Vaccination North-Western Provinces 1866-1877 - 1866-1877
Year: 1866
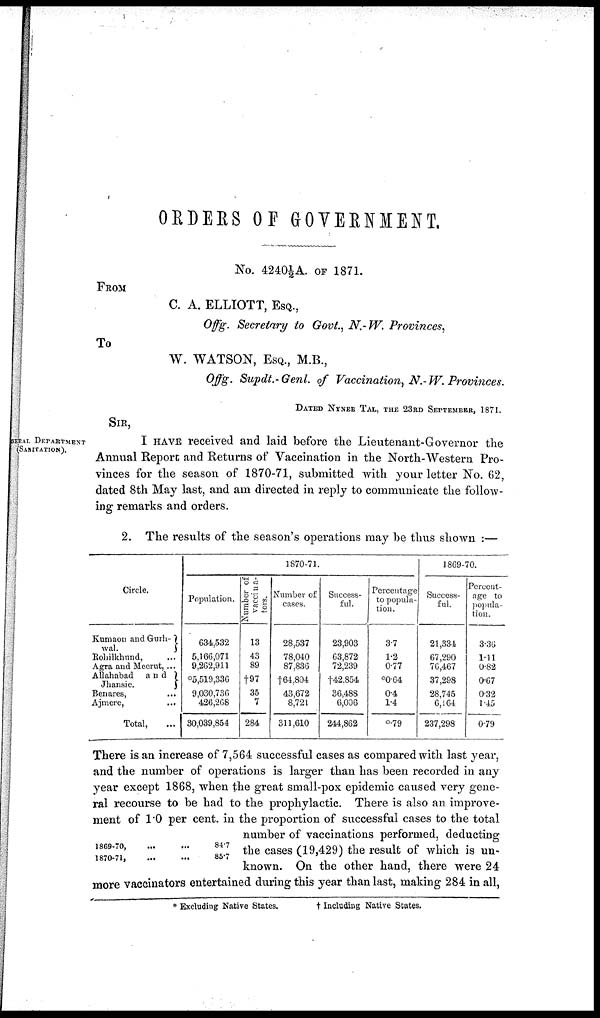
ORDERS OF GOVERNMENT.
No. 4240½A. OF 1871.
FROM
C. A. ELLIOTT, ESQ.,
Offg. Secretary to Govt., N.-W. Provinces,
To
W. WATSON, ESQ., M.B.,
Offg. Supdt.-Genl. of Vaccination, N.-W. Provinces.
DATED NYNEE TAL, THE 23RD SEPTEMBER, 1871.
SIR,
GENERAL DEPARTMENT
(SANITATION).
I HAVE received and laid before the Lieutenant-Governor the
Annual Report and Returns of Vaccination in the North-Western Pro-
vinces for the season of 1870-71, submitted with your letter No. 62,
dated 8th May last, and am directed in reply to communicate the follow-
ing remarks and orders.
2. The results of the season's operations may be thus shown :—
Circle.
Kumaon and Gurh-
wal.
Rohilkhund, ...
Agra and Meerut, ...
Allahabad
and
Jhansie.
Benares,
Ajmere,
...
Total,
1870-71.
Population.
634,532
5,166,071
9,262,911
05,519,336
9,030,736
426,268
30,039,854
Number of
vaccina-
tors.
13
43
89
t97
35
7
284
Number of
cases.
28,537
78,040
87,836
†64,804
48,672
8,721
311,610
Success-
ful.
23,903
63,872
72,239
†42.854
36,488
6,006
244,862
Percentage
to popula-
tion.
37
1.2
0.77
*0.64
0.4
1.4
0.79
1869-70.
Success-
ful.
21,334
67,290
76,467
37,298
28,745
6,164
237,298
Percent-
age to
popula-
tion.
3.36
1.11
0.82
0.67
0.32
1.45
0.79
1869-70, ... ...
1870-71, ... ...
84.7
85.7
There is an increase of 7,564 successful cases as compared with last year,
and the number of operations is larger than has been recorded in any
year except 1868, when the great small-pox epidemic caused very gene-
ral recourse to be had to the prophylactic. There is also an improve-
ment of 1.0 per cent. in the proportion of successful cases to the total
number of vaccinations performed, deducting
the cases (19,429) the result of which is un-
known. On the other hand, there were 24
more vaccinators entertained during this year than last, making 284 in all,
* Excluding Native States.
† Including Native States.